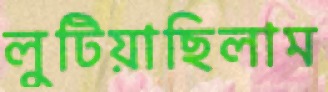
লুটিয়াছিলাম